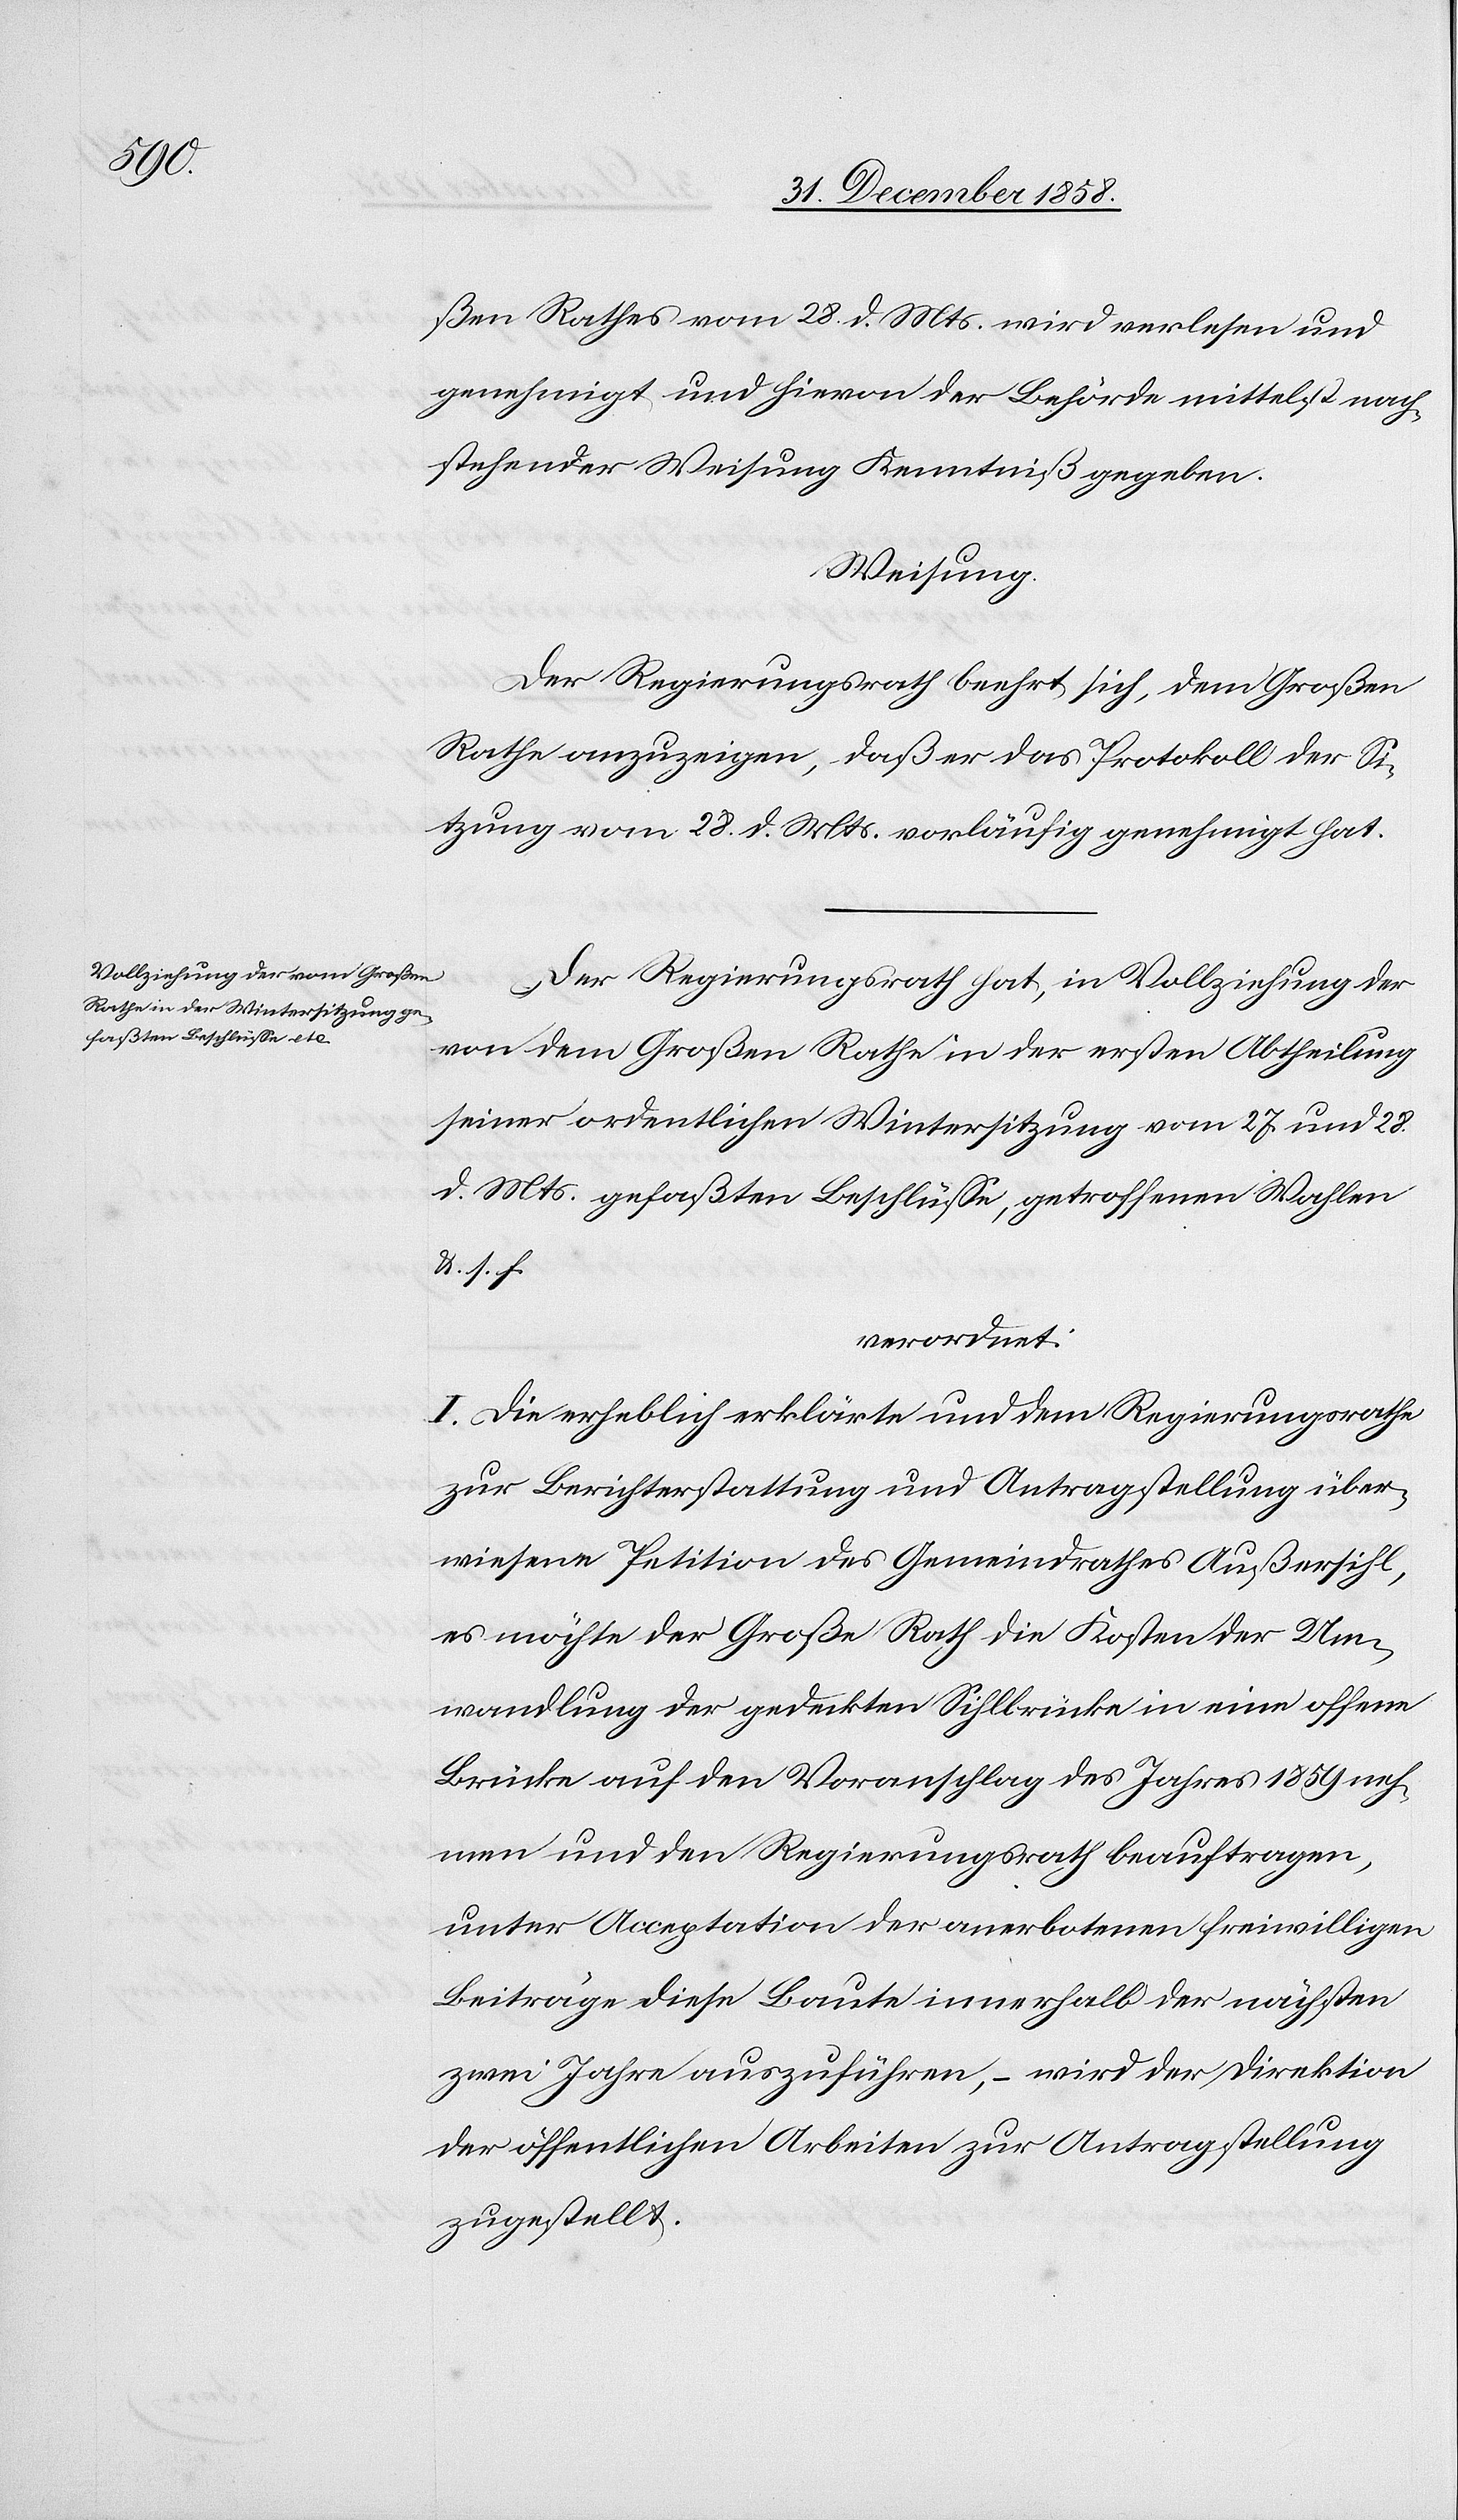
ßen Rathes vom 28. d. Mts. wird verlesen und
genehmigt und hievon der Behörde mittelst nach¬
stehender Weisung Kenntniß gegeben.
Weisung.
Der Regierungsrath beehrt sich, dem Großen
Rathe anzuzeigen, daß er das Protokoll der Si¬
tzung vom 28. d. Mts. vorläufig genehmigt hat.
Der Regierungsrath hat, in Vollziehung der
von dem Großen Rathe in der ersten Abtheilung
seiner ordentlichen Wintersitzung vom 27. und 28.
d. Mts. gefaßten Beschlüsse, getroffenen Wahlen
&. s. f.
verordnet:
I. Die erheblich erklärte und dem Regierungsrathe
zur Berichterstattung und Antragstellung über¬
wiesene Petition des Gemeindrathes Außersihl,
es möchte der Große Rath die Kosten der Um¬
wandlung der gedeckten Sihlbrücke in eine offene
Brücke auf den Voranschlag des Jahres 1859 neh¬
men und den Regierungsrath beauftragen,
unter Acceptation der anerbotenen freiwilligen
Beiträge diese Baute innerhalb der nächsten
zwei Jahre auszuführen, – wird der Direktion
der öffentlichen Arbeiten zur Antragstellung
zugestellt.